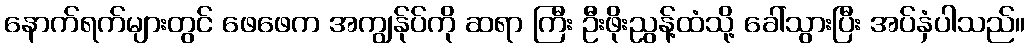
နောက်ရက်များတွင် ဖေဖေက အကျွန်ုပ်ကို ဆရာ ကြီး ဦးဖိုးညွန့်ထံသို့ ခေါ်သွားပြီး အပ်နှံပါသည်။